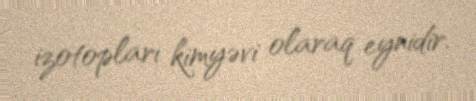
izotopları kimyəvi olaraq eynidir.